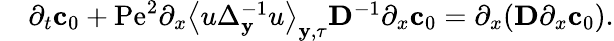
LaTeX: \begin{array}{rl}&{\partial_{t}\mathbf{c}_{0}+\mathrm{Pe}^{2}\partial_{x}\left\langle u\Delta_{\mathbf{y}}^{-1}u\right\rangle_{\mathbf{y},\tau}\mathbf{D}^{-1}\partial_{x}\mathbf{c}_{0}=\partial_{x}(\mathbf{D}\partial_{x}\mathbf{c}_{0}).}\end{array}